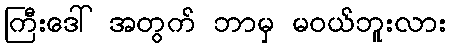
ကြီးဒေါ် အတွက် ဘာမှ မဝယ်ဘူးလား